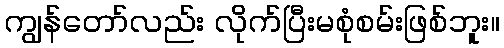
ကျွန်တော်လည်း လိုက်ပြီးမစုံစမ်းဖြစ်ဘူး။